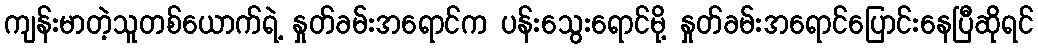
ကျန်းမာတဲ့သူတစ်ယောက်ရဲ့ နှုတ်ခမ်းအရောင်က ပန်းသွေးရောင်မို့ နှုတ်ခမ်းအရောင်ပြောင်းနေပြီဆိုရင်